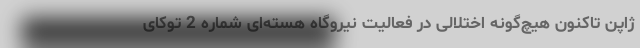
ژاپن تاکنون هیچ‌گونه اختلالی در فعالیت نیروگاه هسته‌ای شماره 2 توکای